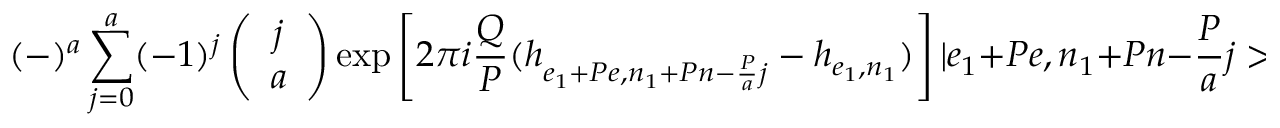
( - ) ^ { a } \sum _ { j = 0 } ^ { a } ( - 1 ) ^ { j } \left( \begin{array} { c } { { j } } \\ { { a } } \end{array} \right) \mathrm { e x p } \left[ 2 \pi i \frac { Q } { P } ( h _ { e _ { 1 } + P e , n _ { 1 } + P n - \frac { P } { a } j } - h _ { e _ { 1 } , n _ { 1 } } ) \right] | e _ { 1 } + P e , n _ { 1 } + P n - \frac { P } { a } j >